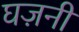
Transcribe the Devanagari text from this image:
घज़नी